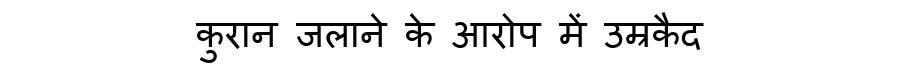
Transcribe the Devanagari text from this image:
कुरान जलाने के आरोप में उम्रकैद